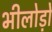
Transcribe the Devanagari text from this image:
भीलोड़ो